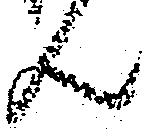
ん